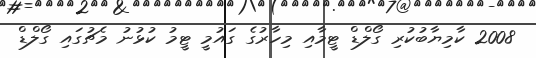
2008 ކާމިޔާބުކުރި ގޯލްޑް ޓީމާއި މިހާރުގެ ގައުމީ ޓީމު ކުޅުނު މެޗުގައި ގޯލްޑް